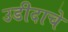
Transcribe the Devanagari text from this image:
उडीदाचे